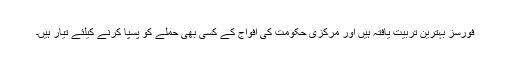
فورسز بہترین تربیت یافتہ ہیں اور مرکزی حکومت کی افواج کے کسی بھی حملے کو پسپا کرنے کیلئے تیار ہیں۔